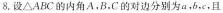
8.设\bigtriangleup ABC的内角A，B，C的对边分别为a，b，c，且